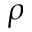
\rho